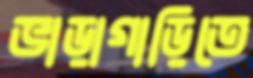
ভাড়াগাড়িতে